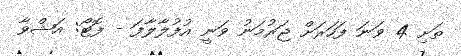
ތަށި 4 ވަނަ ފަހަރަށް ޖަރުމަނު ވަނީ އުފުލާލާފަ - ފޮޓޯ: އަޝްވާ